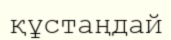
құстаңдай